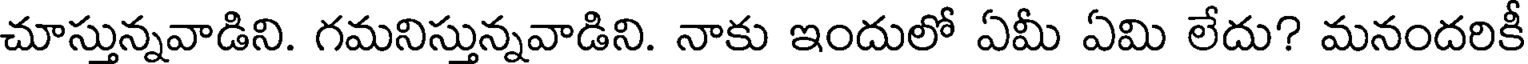
చూస్తున్నవాడిని. గమనిస్తున్నవాడిని. నాకు ఇందులో ఏమీ ఏమి లేదు? మనందరికీ